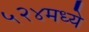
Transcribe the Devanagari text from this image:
५२४मध्ये